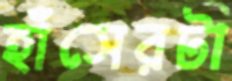
হাঁসেরটা